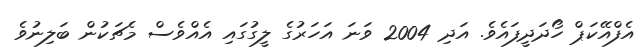
އެފްއޭކަޕް ހޯދަދީފައެވެ. އަދި 2004 ވަނަ އަހަރުގެ ލީގުގައި އެއްވެސް މެޗަކުން ބަލިނުވެ